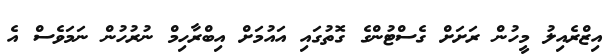
އިޒްރެއިލު މީހުން ރަށަށް ގެސްޓުންގެ ގޮތުގައި އައުމަށް އިބްރާހިމް ނުރުހުން ނަމަވެސް އެ